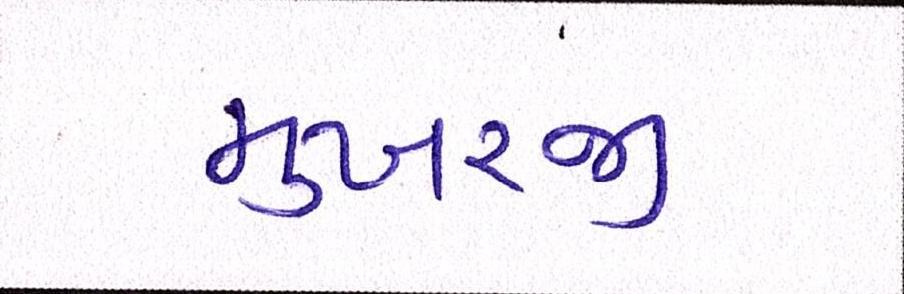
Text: મુખરજી